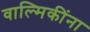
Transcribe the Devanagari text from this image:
वाल्मिकींना